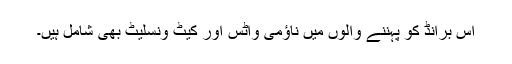
اس برانڈ کو پہننے والوں میں ناؤمی واٹس اور کیٹ ونسلیٹ بھی شامل ہیں۔